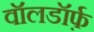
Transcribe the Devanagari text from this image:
वॉलडॉर्फ़